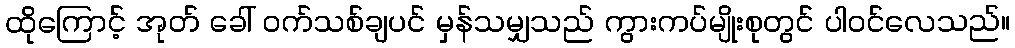
ထိုကြောင့် အုတ် ခေါ် ဝက်သစ်ချပင် မှန်သမျှသည် ကွားကပ်မျိုးစုတွင် ပါဝင်လေသည်။